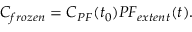
\begin{array} { r } { C _ { f r o z e n } = C _ { P F } ( t _ { 0 } ) P F _ { e x t e n t } ( t ) . } \end{array}